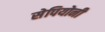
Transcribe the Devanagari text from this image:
सेपियोनी